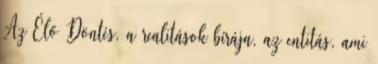
Az Élő Döntés, a realitások bírája, az entitás, ami